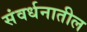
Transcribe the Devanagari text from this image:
संवर्धनातील